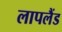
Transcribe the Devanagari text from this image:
लापलैंड